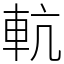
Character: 䡉